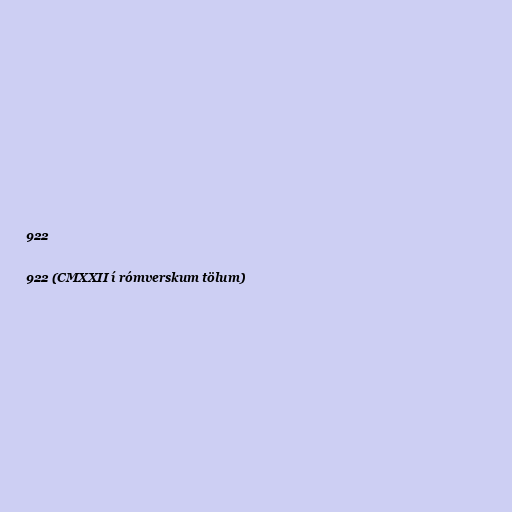
922

922 (CMXXII í rómverskum tölum)